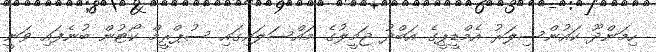
ހިމަންދޫ ކައުންސިލަރު އެމްޑީޕީގެ އަބްދު ޖަމީލުގެ މައްސަލައިގައި ސުޕްރީމް ކޯޓުން ބުނެފައި ވަނީ